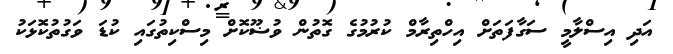
އަދި އިސްލާމީ ސަގާފަތަށް އިހްތިރާމް ކުރުމުގެ ގޮތުން ވުޟޫކޮށް މިސްކިތުގައި ކުޑަ ވަގުތުކޮޅަކު